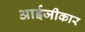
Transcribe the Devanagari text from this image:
आईजीकार